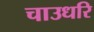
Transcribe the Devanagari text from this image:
चाउधरि